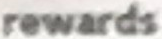
rewards